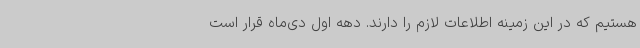
هستیم که در این زمینه اطلاعات لازم را دارند. دهه اول دی‌ماه قرار است